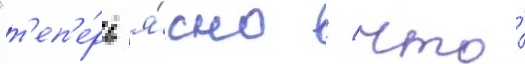
"т'еп'е́рь я́сно / что́